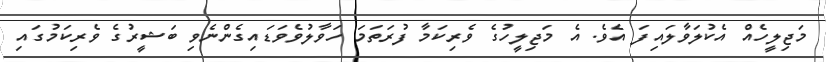
މަޖިލީހެއް އެކުލަވާލައިފަ އެވެ. އެ މަޖިލީހުގެ ވެރިކަމާ ފުރަތަމަ ހަވާލުވެވަޑައިގެންނެވި ބަޝީރުގެ ވެރިކަމުގައި